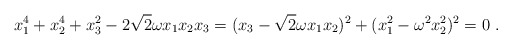
\begin{align*}x_1^4 + x_2^4 +x_3^2 - 2 \sqrt{2} \omega x_1 x_2 x_3 =( x_3 - \sqrt{2} \omega x_1 x_2 )^2 +( x_1^2 - \omega^2 x_2^2 )^2 = 0 \ .\end{align*}